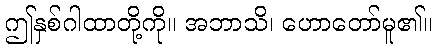
ဤနှစ်ဂါထာတို့ကို။ အဘာသိ၊ ဟောတော်မူ၏။